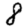
Digit: 8